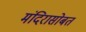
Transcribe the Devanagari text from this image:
मंदिरासोबत